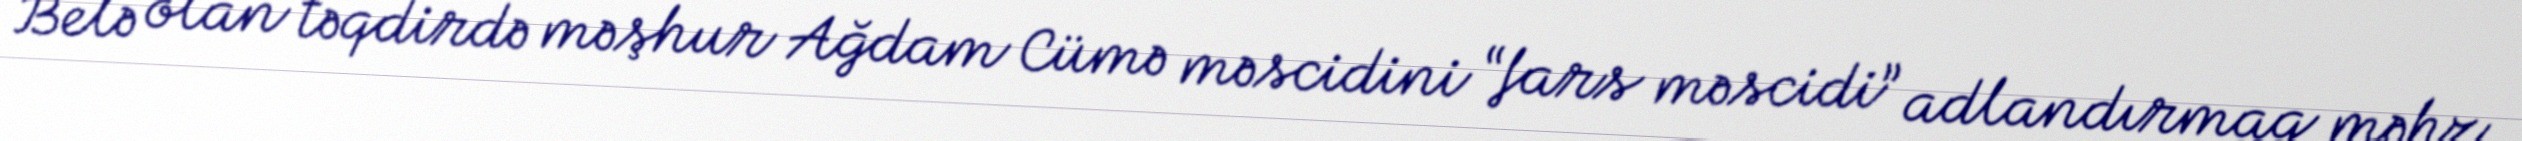
Belə olan təqdirdə məşhur Ağdam Cümə məscidini “fars məscidi” adlandırmaq məhz